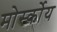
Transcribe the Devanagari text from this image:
मोर्स्कोय